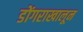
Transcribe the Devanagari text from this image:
डोंगराखालून